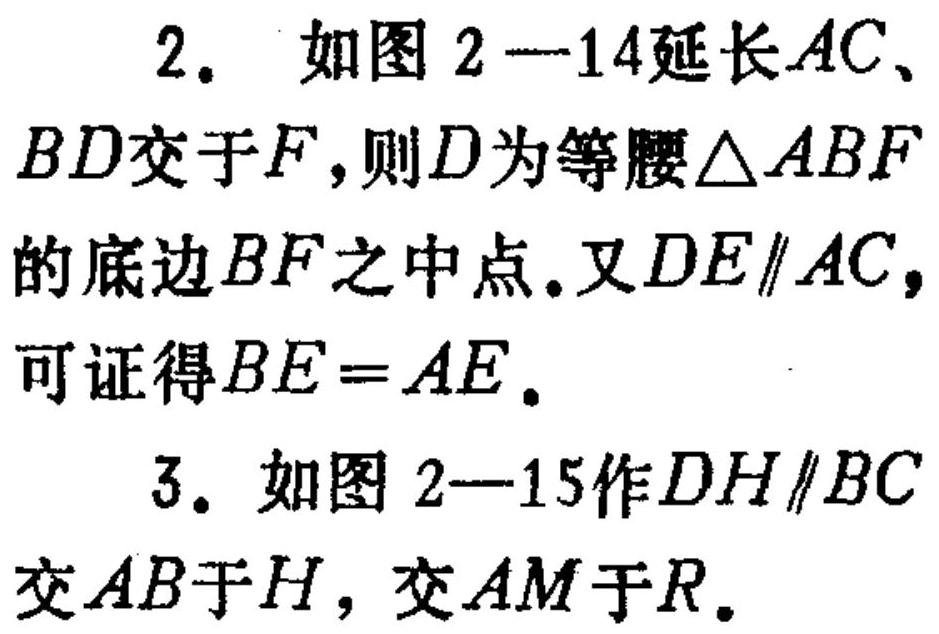
2. 如图 2—14延长$AC、
BD$交于$F$,则$D$为等腰$\triangle ABF$
的底边$BF$之中点.又$DE\parallel AC,$
可证得$BE = AE$.
3. 如图 2—15作$DH\parallel BC$
交$AB$于$H$, 交$AM$于$R$.